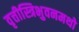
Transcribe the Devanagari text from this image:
वृत्तीस्त्रिभुवनमथो